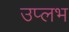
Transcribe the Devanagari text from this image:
उप्लभ